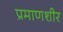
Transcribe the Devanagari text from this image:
प्रमाणशीर